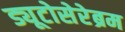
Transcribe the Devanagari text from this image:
ड्यूटोसेरेब्रम